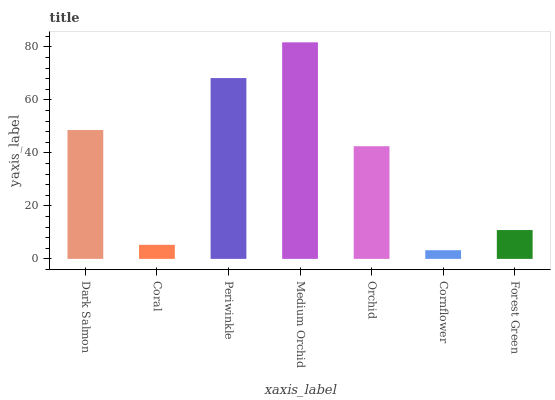
| xaxis_label | bars |
 | --- | --- |
 | Dark Salmon | 48.6 |
 | Coral | 5.3 |
 | Periwinkle | 68.2 |
 | Medium Orchid | 81.7 |
 | Orchid | 42.5 |
 | Cornflower | 3.27 |
 | Forest Green | 10.9 |